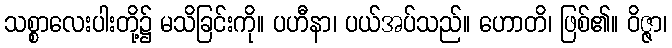
သစ္စာလေးပါးတို့၌ မသိခြင်းကို။ ပဟီနာ၊ ပယ်အပ်သည်။ ဟောတိ၊ ဖြစ်၏။ ဝိဇ္ဇာ၊